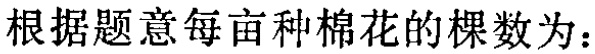
根据题意每亩种棉花的棵数为：